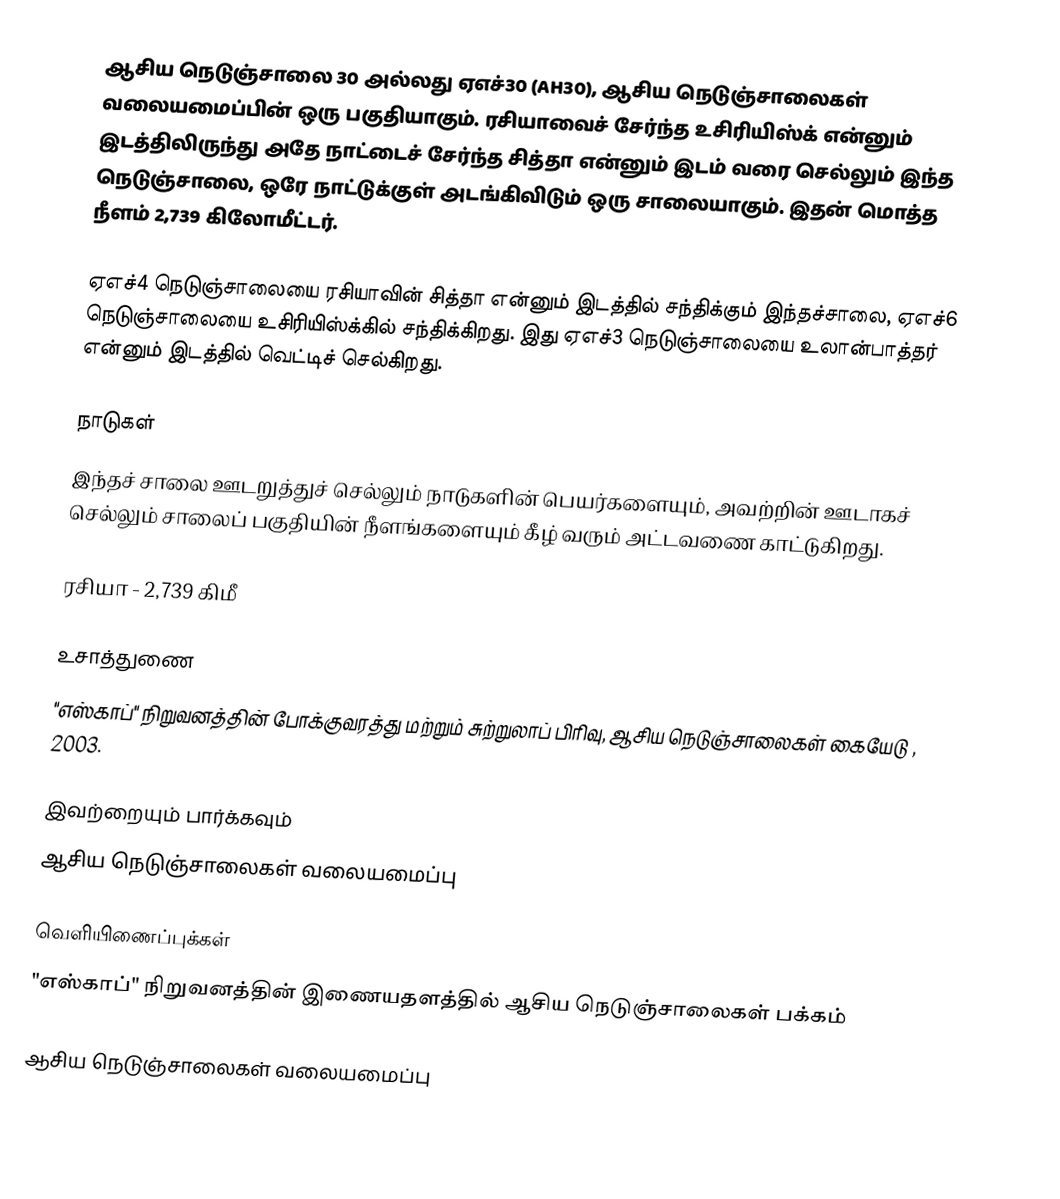
ஆசிய நெடுஞ்சாலை 30 அல்லது ஏஎச்30 (AH30), ஆசிய நெடுஞ்சாலைகள் வலையமைப்பின் ஒரு பகுதியாகும். ரசியாவைச் சேர்ந்த உசிரியிஸ்க் என்னும் இடத்திலிருந்து அதே நாட்டைச் சேர்ந்த சித்தா என்னும் இடம் வரை செல்லும் இந்த நெடுஞ்சாலை, ஒரே நாட்டுக்குள் அடங்கிவிடும் ஒரு சாலையாகும். இதன் மொத்த நீளம் 2,739 கிலோமீட்டர்.

ஏஎச்4 நெடுஞ்சாலையை ரசியாவின் சித்தா என்னும் இடத்தில் சந்திக்கும் இந்தச்சாலை, ஏஎச்6 நெடுஞ்சாலையை உசிரியிஸ்க்கில் சந்திக்கிறது. இது ஏஎச்3 நெடுஞ்சாலையை உலான்பாத்தர் என்னும் இடத்தில் வெட்டிச் செல்கிறது.

நாடுகள்
இந்தச் சாலை ஊடறுத்துச் செல்லும் நாடுகளின் பெயர்களையும், அவற்றின் ஊடாகச் செல்லும் சாலைப் பகுதியின் நீளங்களையும் கீழ் வரும் அட்டவணை காட்டுகிறது.

 ரசியா - 2,739 கிமீ

உசாத்துணை
 "எஸ்காப்" நிறுவனத்தின் போக்குவரத்து மற்றும் சுற்றுலாப் பிரிவு, ஆசிய நெடுஞ்சாலைகள் கையேடு , 2003.

இவற்றையும் பார்க்கவும்
 ஆசிய நெடுஞ்சாலைகள் வலையமைப்பு

வெளியிணைப்புக்கள்
 "எஸ்காப்" நிறுவனத்தின் இணையதளத்தில் ஆசிய நெடுஞ்சாலைகள் பக்கம்

 ஆசிய நெடுஞ்சாலைகள் வலையமைப்பு